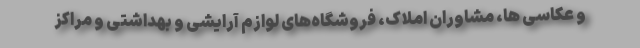
و عکاسی ها، مشاوران املاک، فروشگاه‌های لوازم آرایشی و بهداشتی و مراکز